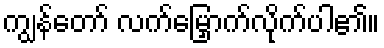
ကျွန်တော် လက်မြှောက်လိုက်ပါ၏။